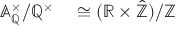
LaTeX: \begin{array} { r l } { \mathbb { A } _ { \mathbb { Q } } ^ { \times } / \mathbb { Q } ^ { \times } } & { { } \cong ( \mathbb { R } \times { \hat { \mathbb { Z } } } ) / \mathbb { Z } } \end{array}